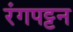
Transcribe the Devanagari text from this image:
रंगपट्टन